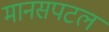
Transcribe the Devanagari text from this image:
मानसपटल